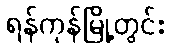
ရန်ကုန်မြို့တွင်း